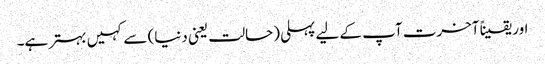
اور یقیناً آخرت آپ کے لیے پہلی (حالت یعنی دنیا) سے کہیں بہتر ہے۔